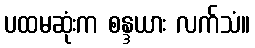
ပထမဆုံးက စန္ဒယား လက်သံ။